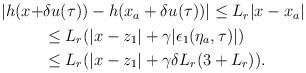
LaTeX: \begin{align*}\begin{aligned}|h(x+&\delta u(\tau)) - h(x_a+\delta u(\tau))| \le L_r |x-x_a| \\&\le L_r(|x-z_1|+\gamma |\epsilon_1(\eta_a,\tau)|) \\&\le L_r(|x-z_1|+\gamma \delta L_r ( 3 + L_r)).\end{aligned}\end{align*}